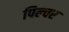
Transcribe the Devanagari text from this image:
पिल्चर